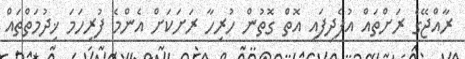
ރާއްޖޭގެ ރަށްތައް އުފެދިފައި އޮތް ގޮތުން ހުރިހާ ރަށަކަށް އެންމެ ފުރިހަމަ ޚިދުމަތްތައް